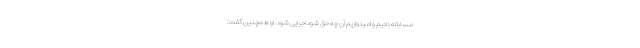
مسابقه دادیم و امیدواریم آن چه حق شود اجرایی شود. او همچنین گفت: